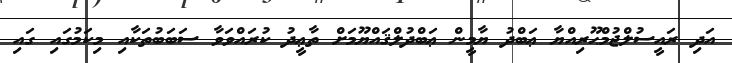
އަދި ރައީސުލްޖުމްޙޫރިއްޔާ ޢަބްދު ޔާމީން ޢަބްދުލްޤައްޔޫމަށް ތާޢީދު ކުރައްވަވާ ސަބަބުތަކާއި މިކަމުގައި ގައި